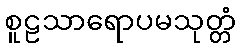
စူဠသာရောပမသုတ္တံ